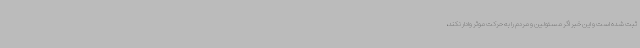
ثبت شده است و این خبر اگر مسئولین و مردم را به حرکت موثر وادار نکند،